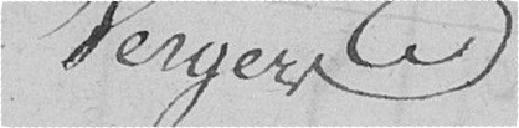
Vergers